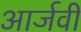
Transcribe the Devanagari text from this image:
आर्जवी